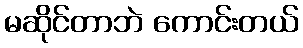
မဆိုင်တာဘဲ ကောင်းတယ်